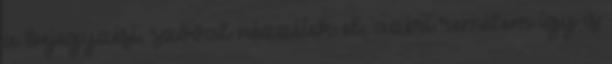
a bejegyzést, szóval nézzétek el, azért remélem így is